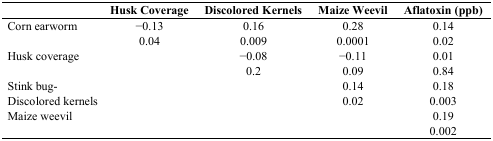
|  | Husk Coverage | Discolored Kernels | Maize Weevil | Aflatoxin (ppb) |
 | --- | --- | --- | --- | --- |
 | Corn earworm | −0.13 | 0.16 | 0.28 | 0.14 |
 |  | 0.04 | 0.009 | 0.0001 | 0.02 |
 | Husk coverage |  | −0.08 | −0.11 | 0.01 |
 |  |  | 0.2 | 0.09 | 0.84 |
 | Stink bug- |  |  | 0.14 | 0.18 |
 | Discolored kernels |  |  | 0.02 | 0.003 |
 | Maize weevil |  |  |  | 0.19 |
 |  |  |  |  | 0.002 |